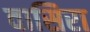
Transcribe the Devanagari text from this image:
वासिरा